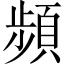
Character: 頻